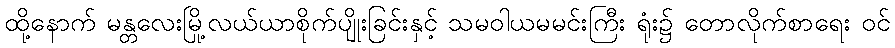
ထို့နောက် မန္တလေးမြို့လယ်ယာစိုက်ပျိုးခြင်းနှင့် သမဝါယမမင်းကြီး ရုံး၌ တောလိုက်စာရေး ဝင်